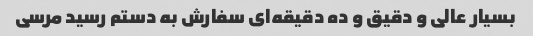
بسیار عالی و دقیق و ده دقیقه‌ای سفارش به دستم رسید مرسی